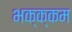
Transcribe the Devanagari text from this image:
भक्‍क्‍कम